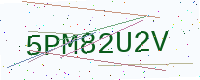
Text: 5PM82U2V